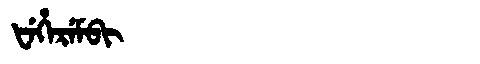
Manchu: ᡶᡝᡥᡝᡵᡝᠮᠪᡳ
Romanization: FEHEREMBI